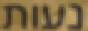
נעות